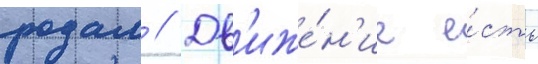
родам // Дв'иже́н'ие е́сть